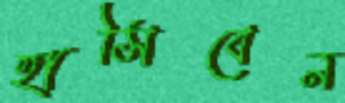
হাসিবেন